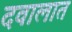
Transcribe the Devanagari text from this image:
दवालात